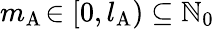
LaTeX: m_{\mathrm{A}}\! \in[0,l_{\mathrm{A}})\subseteq\mathbb{N}_{0}